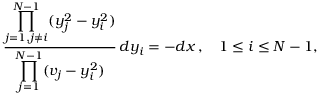
{ \frac { \displaystyle \prod _ { j = 1 , j \neq i } ^ { N - 1 } ( y _ { j } ^ { 2 } - y _ { i } ^ { 2 } ) } { \displaystyle \prod _ { j = 1 } ^ { N - 1 } ( v _ { j } - y _ { i } ^ { 2 } ) } } \, d y _ { i } = - d x \, , \quad 1 \leq i \leq N - 1 ,